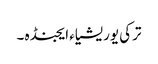
ترکی یوریشیاء ایجنڈہ ۔